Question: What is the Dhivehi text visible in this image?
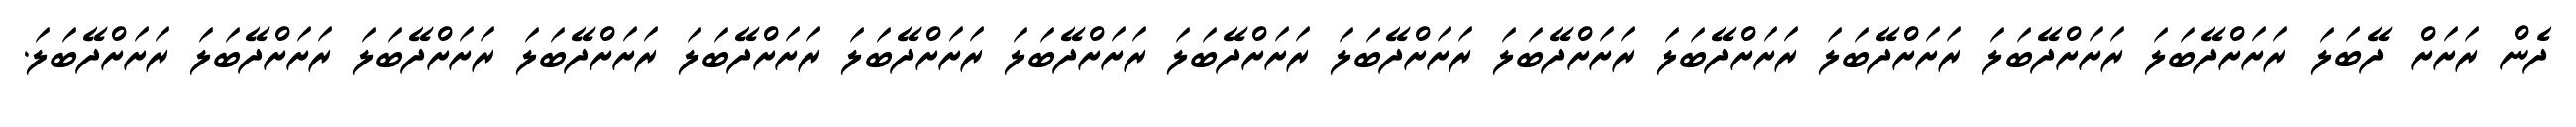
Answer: ދެން ރަށަށް ދޭބަލަ ރަށަށްދޭބަލަ ރަށަށްދޭބަލަ ރަށަށްދޭބަލަ ރަށަށްދޭބަލަ ރަށަށްދޭބަލަ ރަށަށްދޭބަލަ ރަށަށްދޭބަލަ ރަށަށްދޭބަލަ ރަށަށްދޭބަލަ ރަށަށްދޭބަލަ ރަށަށްދޭބަލަ ރަށަށްދޭބަލަ ރަށަށްދޭބަލަ ރަށަށްދޭބަލަ.